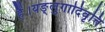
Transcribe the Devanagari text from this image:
हैं।यङ्लुगादिवृत्ति